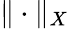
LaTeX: \| \cdot\| _{X}